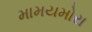
મામયમોરા